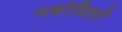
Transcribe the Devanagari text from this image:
नवोदितों